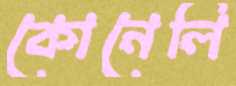
কোনেলি